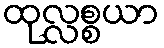
ထုလ္လစ္စယာ